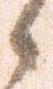
御